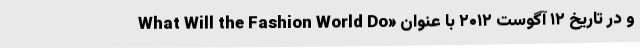
و در تاریخ ۱۲ آگوست ۲۰۱۲ با عنوان «What Will the Fashion World Do